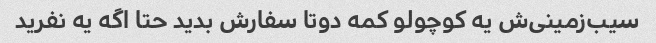
سیب‌زمینی‌ش یه کوچولو کمه دوتا سفارش بدید حتا اگه یه نفرید